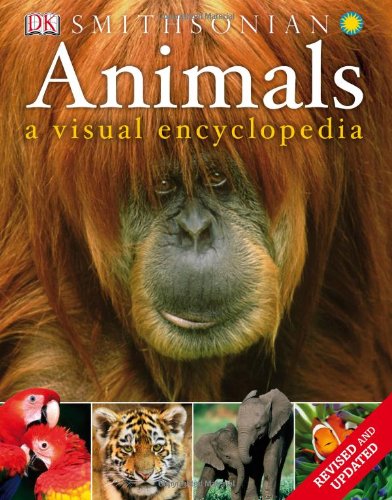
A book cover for Animals: a Visual Encyclopedia (Second Edition); DK Publishing; Reference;